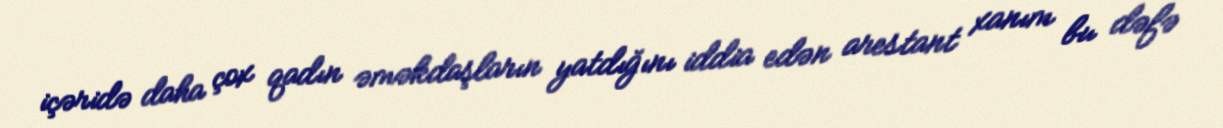
içəridə daha çox qadın əməkdaşların yatdığını iddia edən arestant xanım bu dəfə